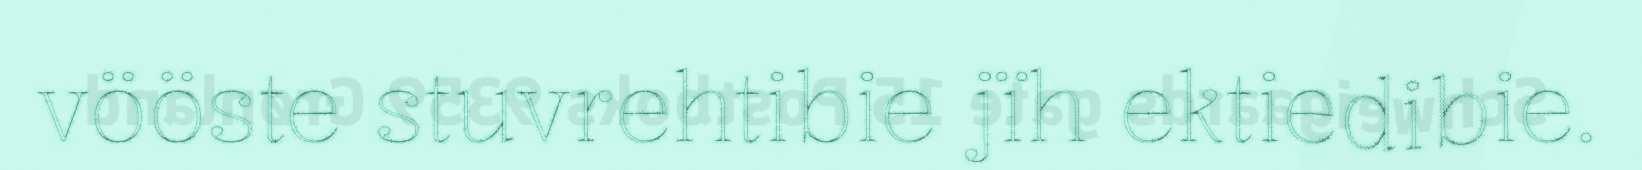
vööste stuvrehtibie jïh ektiedibie.